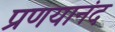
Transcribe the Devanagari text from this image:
प्रणयानंद